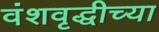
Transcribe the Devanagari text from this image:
वंशवृद्धीच्या